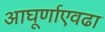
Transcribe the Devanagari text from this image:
आघूर्णाएवढा